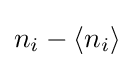
n_{i}-\langle n_{i}\rangle